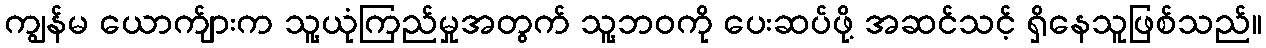
ကျွန်မ ယောက်ျားက သူ့ယုံကြည်မှုအတွက် သူ့ဘဝကို ပေးဆပ်ဖို့ အဆင်သင့် ရှိနေသူဖြစ်သည်။